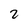
Character: 2